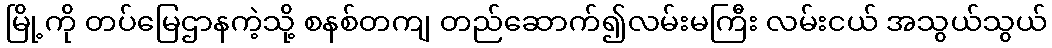
မြို့ကို တပ်မြေဌာနကဲ့သို့ စနစ်တကျ တည်ဆောက်၍လမ်းမကြီး လမ်းငယ် အသွယ်သွယ်